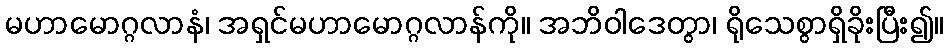
မဟာမောဂ္ဂလာနံ၊ အရှင်မဟာမောဂ္ဂလာန်ကို။ အဘိဝါဒေတွာ၊ ရိုသေစွာရှိခိုးပြီး၍။